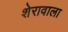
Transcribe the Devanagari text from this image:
शेरावाला